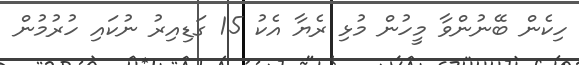
ހިކެން ބޭނުންވާ މީހުން މުޅި ރެޔާ އެކު 15 ގަޑިއިރު ނުކައި ހުރުމުން